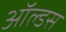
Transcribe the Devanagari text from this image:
ऑल्डस